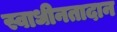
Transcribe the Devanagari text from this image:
स्वाधीनतादान